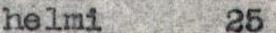
helmi   25